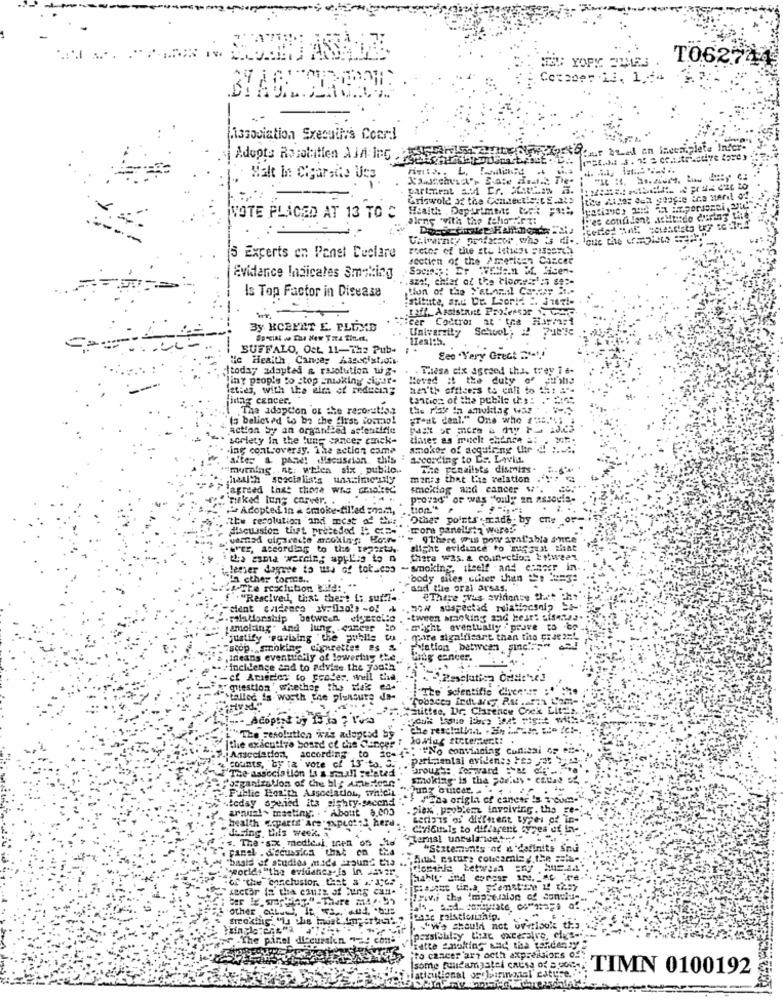
TO62744
TEU: YORK TIMES
Cetseer 13, 1,64
dissociation Sxecuttys Coord
Car bred an incomplete Infor-
Adopts Rosoltien All InG .
Malt In: Cigarette Uss
partement & Cr. PCha
Griswold af the Contextis:[ g.at>
Health . Dop-uimm: Cock ;a:"
VOTE PLACED AT 13 TO C
alene "with the felover zi
"es confident Achterde during the'
Factor of the sto leticze =Isporc.
15 Experts en Panet Declare
section of the American Cancer
Evidence Indicates Smoking
.azat, chiat of the blomst1:5 89 :-
Is Top Factor in Disease
Stibite, Sac De Lori! " Juez !-
taff, Assistant Professor 1, VC
cer Codtrot at the alarmst
By KCEFET E. PLEXE
School; 2 Putte
Univerzity
BUFFALO, Oct. 11-Th2 Pub-
"c Heaith , Canga: Association
See 'Very Great Dati
Itoday adapted & rasolution w g-
Thesa cix agreed tha, trey Te-
iny propie to stop smoking sigar-
Hoved it the duty of gusta
ist:es, with the aim of reducing
han'th officers to enli to 15: = "-
finag cancer.
tanticz of the pebile da: . " =: "
The adoption of the recoratis.
(3 believed to be the first iosmag!
"raat deal." One who #"B.'%;
action by an organized asfentifie
sorlety in the lung cancer emek-
diases as mitch chence a:
Ing controversy. The action came
smoker of acquiring Litr " :....
alter a panel discussion this : according to CS. Lavin.
murning ine. whien six pubilo ..
The penalists dismiss .
hallth scocialis's urime uly
manis that the relation
:agreed that those who chaise
smeklag and cancer w
"miked tung carver. .
vas "only an assouis-
.Adopted in a smoke-filled znam,
tion."
the resolution and most of w.
Other points .made by cne _or-
discussion tist preceded It C7-
more panelist a wareb
"There wis pow aral'abla ance
rer, according to the teparth
slight evidence to 'suggest that
thia esmia werdin; applies to a
there was. & co.in-ction 11ween
lemer dagave to use of tot.cos
-smoking, itself and chaser in.
win cther fortes ..
body sites ciler then the == 3:
.a.The rosciution bild: ..
and the oral arsas.
"."Rescived, that there is suff7 -.
"There was evidente thet che
-tween smacking and heart ofsalsa.
tamol ing" and lung .. canear to
might eventually . prove to Co
justify pavising the publis
gare sigalficant than tito Free 2nt
scop. smoking ciprettes 2s &
rylation between sinc':"
ineans eventticily of lowering the.
Mitg cancer.
" incidence and to advise the youth
-cf Amieeles to grader, well the.
gestion" whether the Mak ea-
{"Ite scientific director :'
tallec is worth the pienoure da-
"alittse, Dr, Clarence Cock Litt ..
Acopent 3 15 ta ? Cosa
"The sesolution was adlopesd by "
|the exicutive board of che Concer ? JoWieg stotentert! .
26."" ""No convincing cuntissi os en-
counts, "by :a vote of 13" ta. 5 ...
Parinantal eviden :: Fes Et
Brought forward :"a d"
The association La a small selated .
smoking is tha por'us . catas of
.Public How'th Association, which.
.today opened ita sighty-second
Pana origla of cancer 's room-".
annual - masting. . . About 8.000
.2iex , problem involving. the ge-
health qcparte'are qupect:2 herd
series of different types of in-
during. this week, a
Cricitig to different types of In-
«. The - six medle.i, tren
Erternal unbalance. ...
panel . S'scussica that on tha
"Statements of & definits Snu
"basis of studios mids around tha
San! Esture concariz y.the mais ..
Tworide "the eviushes.Is in Javar
"of "the conclusion. Last = """?
sector is tha cours of lung can-
"-There 241-55
Iyiwi the impression of consis-
other La, It wasd .
-
."We should not uwitlooks tha
Mr .The panel discussion ">! con'"
(paxsichlay Cze excessive, eles-
"to cancer art deth expressions of.
Bitte Smoking and tha tandenty
some fulldamgatel causa of a.poi
istiational osfirmadel caty's
TIMN 0100192